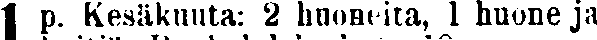
p. Kesäkuuta: 2 huoneita, 1 huone ja